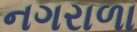
નગરાળા